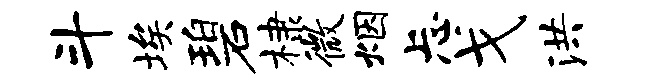
斗埃碧棣微烟忐戈洪